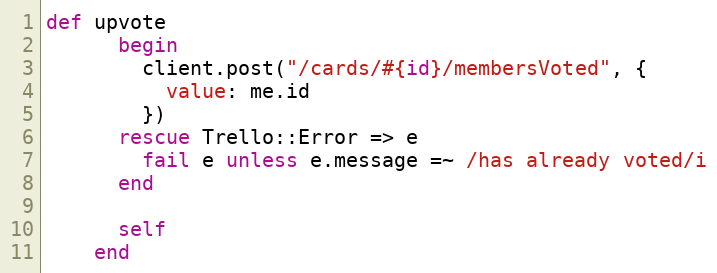
Language: Ruby
def upvote
      begin
        client.post("/cards/#{id}/membersVoted", {
          value: me.id
        })
      rescue Trello::Error => e
        fail e unless e.message =~ /has already voted/i
      end

      self
    end